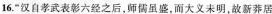
16.”汉自孝武表彰六经之后，师儒虽盛，而大义未明，故新莽居